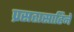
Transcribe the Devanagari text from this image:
प्रसह्यसाहिने